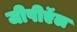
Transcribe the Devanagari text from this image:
जीपीऍल